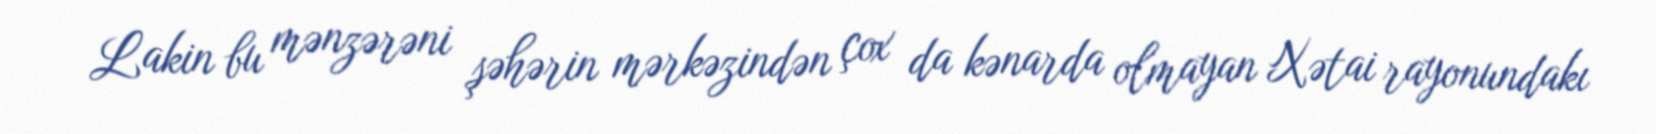
Lakin bu mənzərəni şəhərin mərkəzindən çox da kənarda olmayan Xətai rayonundakı